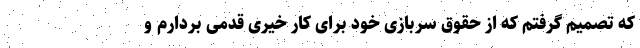
که تصمیم گرفتم که از حقوق سربازی خود برای کار خیری قدمی بردارم و